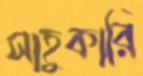
সাহুকারি